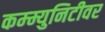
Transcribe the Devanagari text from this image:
कम्म्युनिटीवर